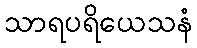
သာရပရိယေသနံ